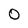
Character: O